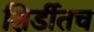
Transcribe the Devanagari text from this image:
शिर्डीतच